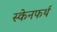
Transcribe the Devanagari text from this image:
स्केनफर्थ